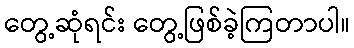
တွေ့ဆုံရင်း တွေ့ဖြစ်ခဲ့ကြတာပါ။